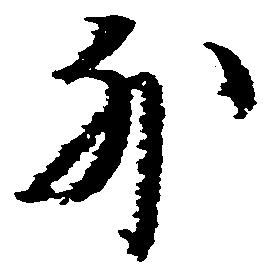
外